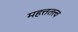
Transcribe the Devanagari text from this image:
महत्ततत्त्व